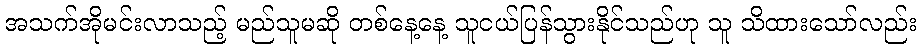
အသက်အိုမင်းလာသည့် မည်သူမဆို တစ်နေ့နေ့ သူငယ်ပြန်သွားနိုင်သည်ဟု သူ သိထားသော်လည်း